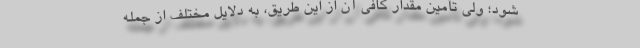
شود؛ ولی تأمین مقدار کافی آن از این طریق، به دلایل مختلف از جمله